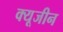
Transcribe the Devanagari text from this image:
क्यूजीन